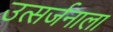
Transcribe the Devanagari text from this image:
उत्सर्जनाला